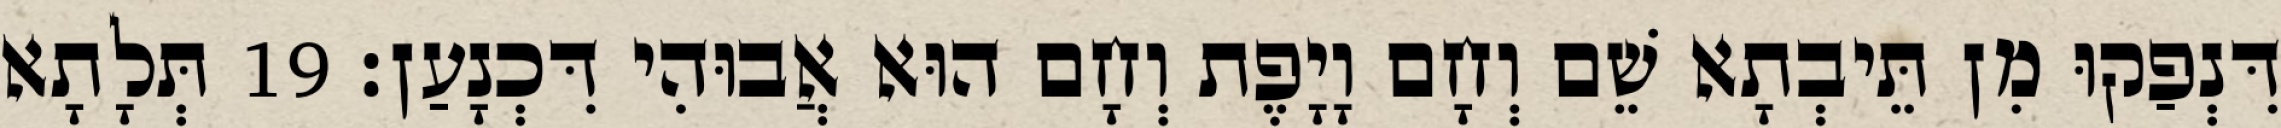
דִּנְפַקוּ מִן תֵּיבְתָא שֵׁם וְחָם וָיָפֶת וְחָם הוּא אֲבוּהִי דִּכְנָעַן׃ 19 תְּלָתָא